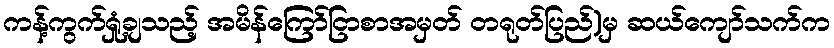
ကန့်ကွက်ရှုံ့ချသည့် အမိန်ကြော်ငြာစာအမှတ် တရုတ်ပြည်)မှ ဆယ်ကျော်သက်က